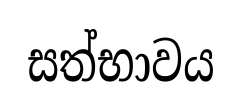
සත්භාවය